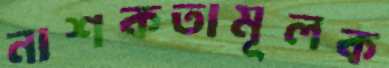
নাশকতামূলক